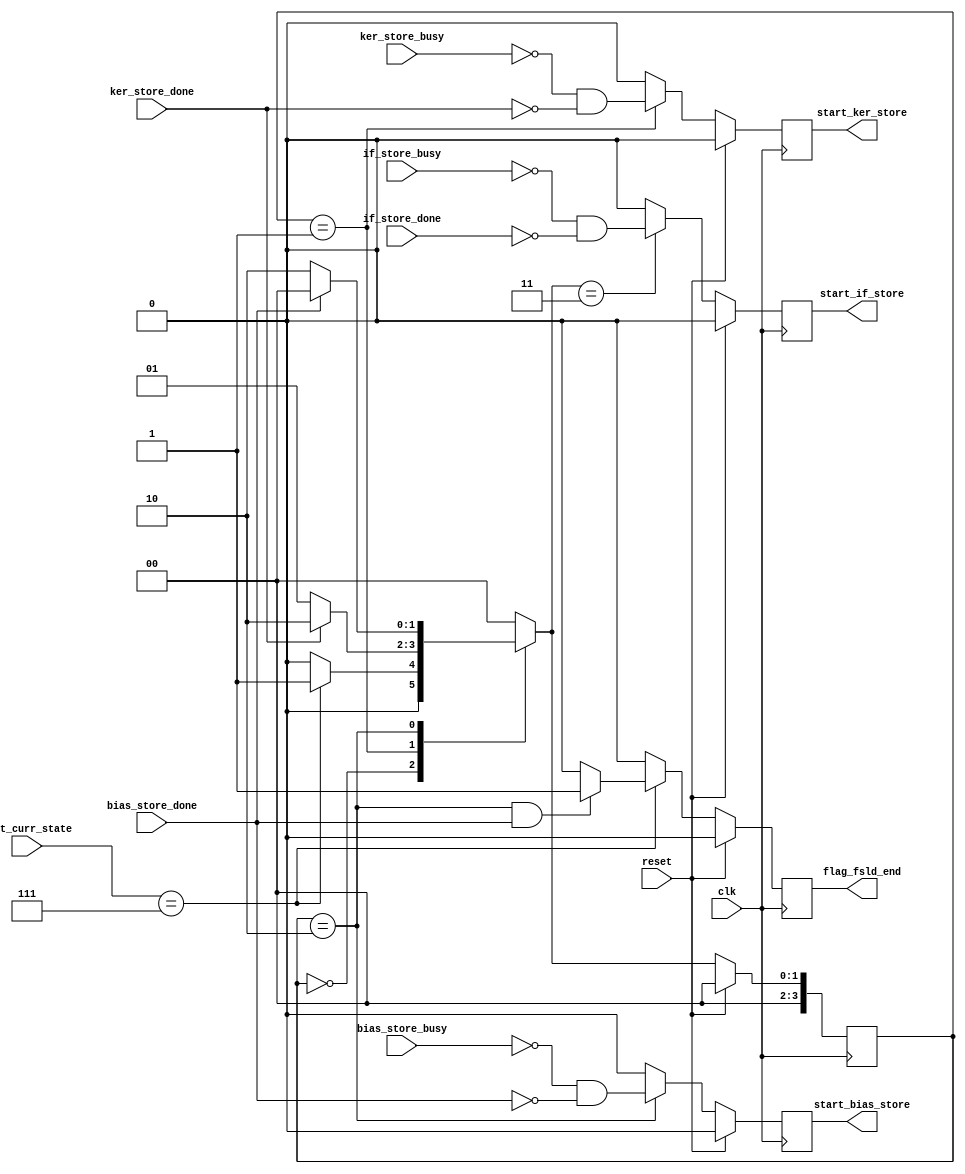

// ============================================================================
// Designer : Yi_Yuan Chen
// Create   : 2022.10.24
// Ver      : 1.0
// Func     : schedule control, generate start signal for sram r/w module
// ============================================================================


module schedule_ctrl (
	clk,
	reset,

	mast_curr_state	,

	if_store_done ,
	ker_store_done ,
	bias_store_done ,

	if_store_busy 	,
	ker_store_busy 	,
	bias_store_busy ,

	start_if_store		,
	start_ker_store 	,
	start_bias_store	,

	// flag_master_done	,
	flag_fsld_end

);


localparam MAST_FSM_BITS 	= 3;
localparam M_IDLE 	= 3'd0;
localparam LEFT 	= 3'd1;
localparam BASE 	= 3'd2;
localparam RIGHT 	= 3'd3;
localparam FSLD 	= 3'd7;	// First load sram0



input wire clk		;
input wire reset	;

input wire [ MAST_FSM_BITS -1 : 0 ] mast_curr_state	;

//-----------------buffer ctrl io -----------------------------
// input wire 	if_store_done 		;
// input wire 	ker_store_done 		;
// input wire 	bias_store_done 	;


// input wire 	if_store_busy 		;
// input wire 	ker_store_busy 		;
// input wire 	bias_store_busy 	;


// output reg 	start_if_store		;
// output reg 	start_ker_store 	;
// output reg 	start_bias_store 	;


// output reg 	flag_fsld_end 		;
// output wire 	flag_master_done 		;

	//-----------------test  IF store----------------------------
	input wire 	if_store_done 		;
	input wire 	ker_store_done 		;
	input wire 	bias_store_done 	;


	input wire 	if_store_busy 		;
	input wire 	ker_store_busy 		;
	input wire 	bias_store_busy 	;


	output reg 	start_if_store		;
	output reg 	start_ker_store 	;
	output reg 	start_bias_store 	;
	output reg 	flag_fsld_end 		;
	//-----------------test -----------------------------
//-----------------buffer ctrl io -----------------------------

//-------------------   done flag    --------------------------------
reg [0:0]	sche_if_done ;
reg [0:0]	sche_ker_done ;
reg [0:0]	sche_bias_done ;

//--------------- master state = fsld -------------------------------
	reg [3:0] fsld_current_state ;
	reg [3:0] fsld_next_state ;
	localparam FS_IDLE 	= 3'd0;
	localparam FS_KER 	= 3'd1;
	localparam FS_BIAS 	= 3'd2;
	localparam FS_IF 	= 3'd3;
//--------------- master state = LEFT -------------------------------
	reg [3:0] left_current_state ;
	reg [3:0] left_next_state ;
	localparam LF_IDLE 	= 3'd0;
	localparam LF_00	= 3'd1;
	localparam LF_01	= 3'd2;
	localparam LF_02	= 3'd3;
	localparam LF_03	= 3'd3;
	localparam LF_04	= 3'd3;
	localparam LF_05	= 3'd3;
	localparam LF_06	= 3'd3;
//-------------------------------------------------------------------

always @(posedge clk ) begin
	if ( reset ) begin
		fsld_current_state <= 3'd0 ;
	end
	else begin
		fsld_current_state <= fsld_next_state ;
	end
end


always @(*) begin
	case (fsld_current_state)
		FS_IDLE 	:	fsld_next_state = ( mast_curr_state == FSLD )? FS_KER : FS_IDLE ;
		FS_KER 		:	fsld_next_state = ( ker_store_done )? FS_BIAS : FS_KER ;
		FS_BIAS 	:	fsld_next_state = ( bias_store_done )? FS_IDLE : FS_BIAS ;
		// FS_IF 		:	fsld_next_state = ( if_store_done )? FS_IDLE : FS_IF ;	// FSLD IF move to left state 
		default: fsld_next_state = FS_IDLE ; 
	endcase
end

//---------- first load end flag for Master FSM ---------------------
always @(posedge clk ) begin
	if( reset )begin
		flag_fsld_end <= 1'd0;
	end
	else begin
		if (mast_curr_state == FSLD ) begin
			if ( (fsld_current_state ==FS_BIAS) && bias_store_done )begin
				flag_fsld_end <= 1'd1;
			end
			else begin
				flag_fsld_end <= 1'd0;
			end
		end
		else begin
			flag_fsld_end <= 1'd0;
		end
	end
end




// ---------------- start signal for write module -------------------
always @(posedge clk ) begin
	if (reset) begin start_if_store<= 1'd0 ; end
	else begin
		if( fsld_next_state == FS_IF  )begin
			start_if_store<= ~if_store_busy & ~if_store_done ;
		end
		else begin
			start_if_store<= 1'd0;
		end
	end
end

always @(posedge clk ) begin
	if (reset) begin start_ker_store<= 1'd0 ; end
	else begin
		if( fsld_current_state == FS_KER  )begin
			start_ker_store<= ~ker_store_busy & ~ker_store_done ;
		end
		else begin
			start_ker_store<= 1'd0;
		end
	end
end


always @(posedge clk ) begin
	if (reset) begin start_bias_store<= 1'd0 ; end
	else begin
		if( fsld_current_state == FS_BIAS  )begin
			start_bias_store<= ~bias_store_busy & ~bias_store_done ;
		end
		else begin
			start_bias_store<= 1'd0;
		end
	end
end

endmodule